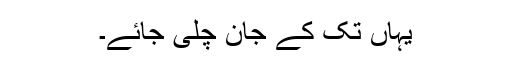
یہاں تک کے جان چلی جائے۔